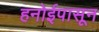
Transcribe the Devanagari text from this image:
हनोईपासून